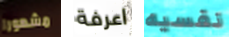
مشهورا اعرفة نفسيه